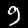
Label: 9